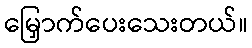
မြှောက်ပေးသေးတယ်။